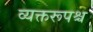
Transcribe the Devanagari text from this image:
व्यक्तरूपश्च